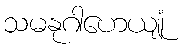
သမနုဂါဟေယျုံ